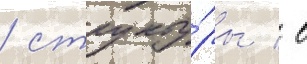
/ структу́ры / в